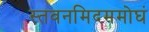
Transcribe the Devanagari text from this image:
स्तवनमिदममोघं